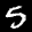
Label: 5